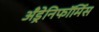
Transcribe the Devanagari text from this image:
अँड्रेनिफॉर्मिस